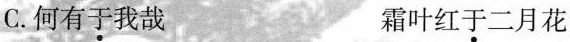
C.何有\underset{·}{于}我哉 霜叶红\underset{·}{于}二月花